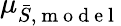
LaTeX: \mu_{\bar{S},\mathrm{~m~o~d~e~l~}}